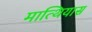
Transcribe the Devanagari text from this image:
मात्थियास